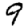
Digit: 9